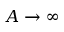
A \rightarrow \infty